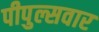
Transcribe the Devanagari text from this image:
पीपुल्सवार